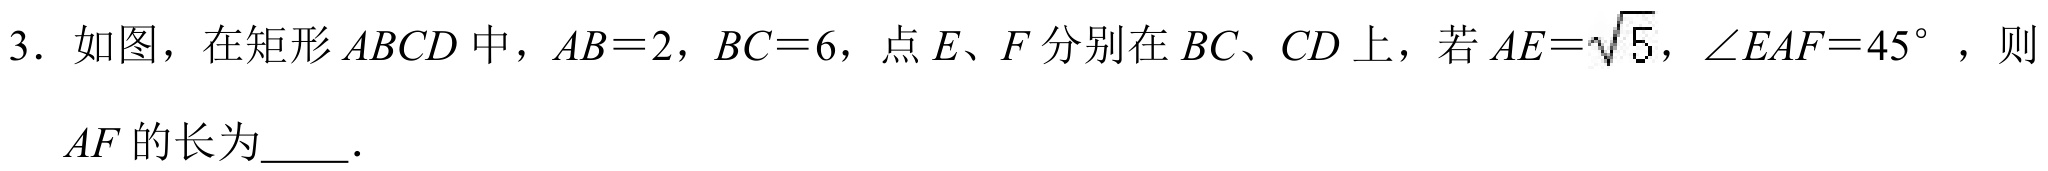
3. 如图，在矩形 \(ABCD\) 中，\(AB = 2\)，\(BC = 6\)，点 \(E、F\) 分别在 \(BC、CD\) 上，若 \(AE=\sqrt{5}\)，\(\angle EAF = 45^{\circ}\)，则 \(AF\) 的长为  ．